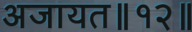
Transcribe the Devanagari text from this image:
अजायत॥१२॥